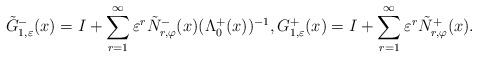
\begin{align*} \tilde{G}^-_{1,\varepsilon}(x)= {I}+\sum\limits_{r=1}^{\infty} \varepsilon^r \tilde{N}_{r,\varphi}^{-}(x) (\Lambda^{+}_{0}(x))^{-1}, G^+_{1,\varepsilon}(x)={I}+\sum\limits_{r=1}^{\infty} \varepsilon^r \tilde{N}_{r,\varphi}^{+}(x).\end{align*}